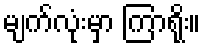
မျက်လုံးမှာ ကြာရိုး။